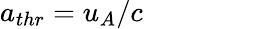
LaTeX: a_{thr}=u_{A}/c\qquad\qquad